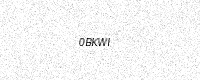
Text: 0BKWI